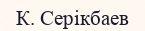
К. Серікбаев